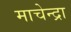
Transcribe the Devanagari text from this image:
माचेन्द्रा